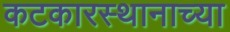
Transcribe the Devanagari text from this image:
कटकारस्थानाच्या